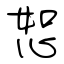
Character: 恕